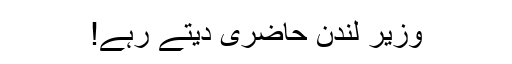
وزیر لندن حاضری دیتے رہے!